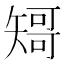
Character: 𱳣